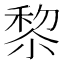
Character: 𥟖